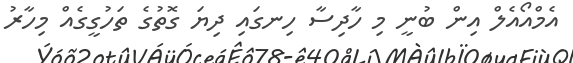
އެމްއޯއެލް އިން ބުނީ މި ހާދިސާ ހިނގައި ދިޔަ ގޮތުގެ ތަހުގީގެއް މިހާރު